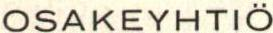
OSAKEYHTIÖ